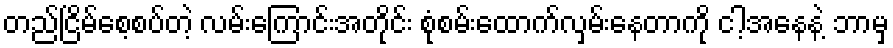
တည်ငြိမ်စေ့စပ်တဲ့ လမ်းကြောင်းအတိုင်း စုံစမ်းထောက်လှမ်းနေတာကို ငါ့အနေနဲ့ ဘာမှ